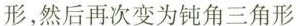
形，然后再次变为钝角三角形